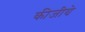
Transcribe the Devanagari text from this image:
कीजीये